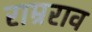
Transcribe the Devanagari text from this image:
राम्रराव